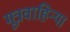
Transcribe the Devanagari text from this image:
मूत्रवाहिन्या